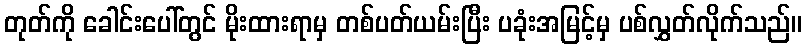
တုတ်ကို ခေါင်းပေါ်တွင် မိုးထားရာမှ တစ်ပတ်ယမ်းပြီး ပခုံးအမြင့်မှ ပစ်လွှတ်လိုက်သည်။